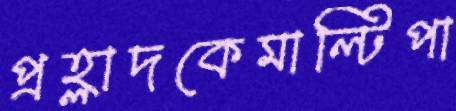
প্রহ্লাদকেমাল্টিপা